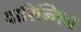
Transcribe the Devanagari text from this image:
वारिन्गिन